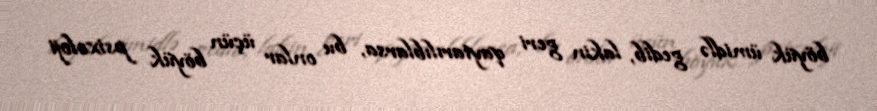
böyük ümidlə gedib, lakin geri qaytarılıblarsa, bu onlar üçün böyük psixoloji